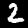
Digit: 2